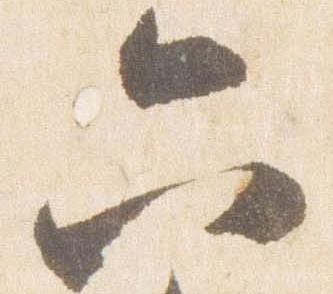
六